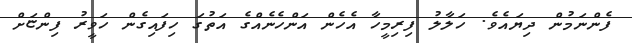
ފެންނަމުން ދިޔައެވެ. ހަލާލު ފިރިމީހާ އެހެން އަންހެނެއްގެ އަތުގަ ހިފައިގެން ހަވީރު ފިންޏަށް